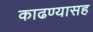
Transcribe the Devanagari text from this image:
काढण्यासह